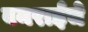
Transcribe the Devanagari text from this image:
वनराईंचे